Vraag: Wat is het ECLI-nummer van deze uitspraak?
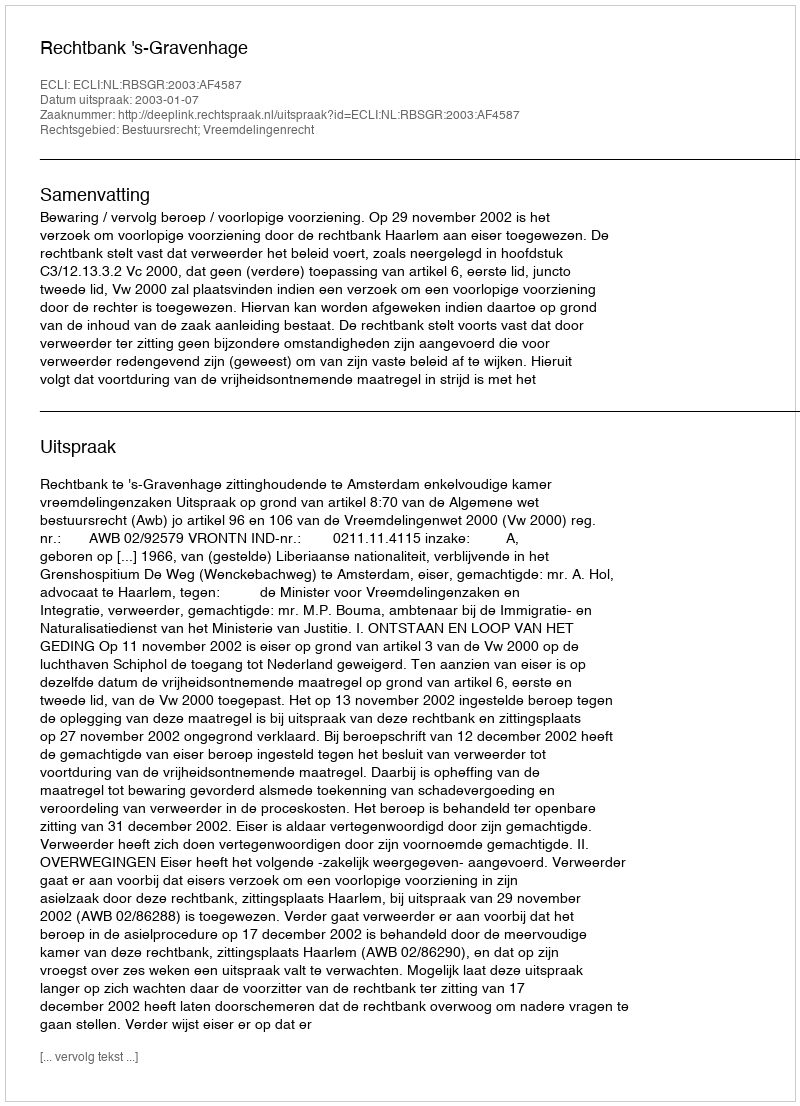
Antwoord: ECLI:NL:RBSGR:2003:AF4587